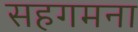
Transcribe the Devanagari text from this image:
सहगमना